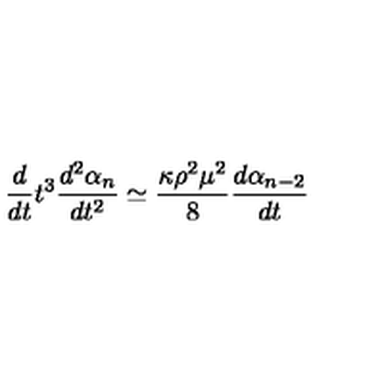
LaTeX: \frac { d } { d t } t ^ { 3 } \frac { d ^ { 2 } \alpha _ { n } } { d t ^ { 2 } } \simeq \frac { \kappa \rho ^ { 2 } \mu ^ { 2 } } { 8 } \frac { d \alpha _ { n - 2 } } { d t }